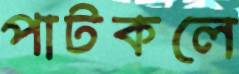
পাটকলে